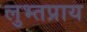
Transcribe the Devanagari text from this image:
लुभ्तप्राय